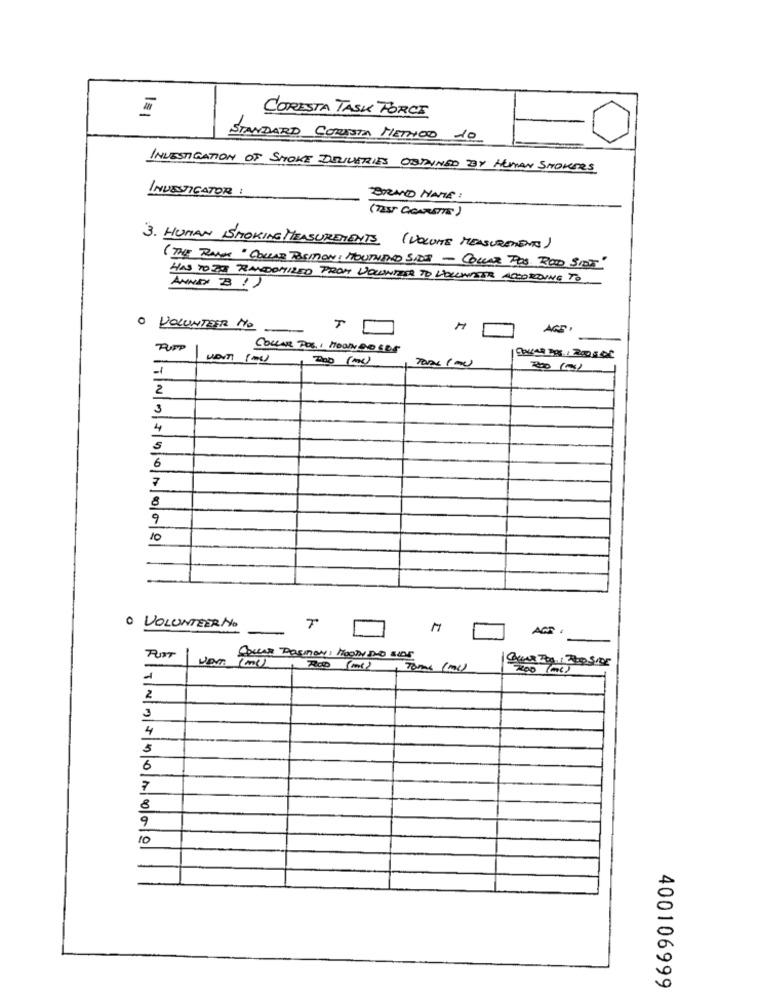
CORESTA TASK FORCE
STANDARD CORISTA METHOD 10
INVESTIGATION OF SMOKE DELIVERIES OBTAINED BY HUMAN SHOWERS
INVESTIGATOR :
BRAND NAME :
( TEST CIGARETTE)
3. HUMAN SMOKING MEASUREMENTS (VOLUITE MEASUREMENTS)
( THE RANGE "COLLAE POSITION: HOUTHAND SIDE - COLLAR POS ROD SINT"
HAS TO ZO RANDOMIZED PROM VOLUNTEER TO VOLUNTEER ACCORDING TO
AUND B ! )
· VOLUNTEER NO
AGE ,
COLLAR POLI MOON DO GOS
-
-1
2
3
4
5
6
7
8
9
10
· VOLUNTEER NO
T
ACT .
PUST
upm
COLLAR DOSIMON: MOON PLO BIOS
ROD (MI)
Tomas (mc)
2
3
4
5
6
7
8
9
10
400106999